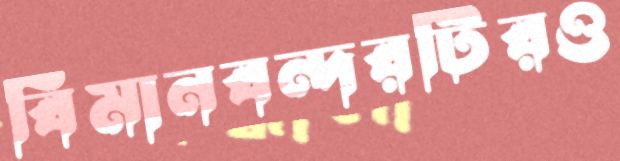
বিমানবন্দরটিরও